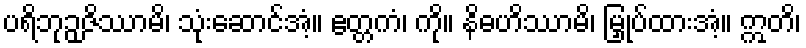
ပရိဘုဉှဇိဿာမိ၊ သုံးဆောင်အံ့။ ဧတ္တကံ၊ ကို။ နိဓဟိဿာမိ၊ မြှုပ်ထားအံ့။ ဣတိ၊